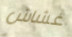
غشاش